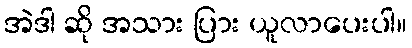
အဲဒါ ဆို အသား ပြား ယူလာပေးပါ။